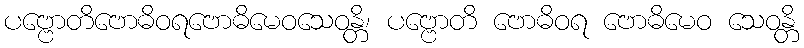
ပဗ္ဗောတိဗောဓိဝရဗောဓိမေဝသေဝန္တိ၊ ပဗ္ဗောတိ ဗောဓိဝရ ဗောဓိမေဝ သေဝန္တိ